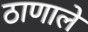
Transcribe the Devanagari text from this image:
ठाणाले